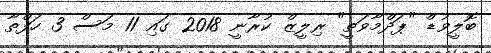
ބޮލީވުޑް "ޕަދްމާވަތީ" ރިލީޒް ކުރާނީ 2018 ގައި 11 މަސް 3 ހަފްތާ